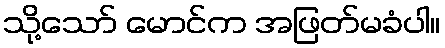
သို့သော် မောင်က အဖြတ်မခံပါ။